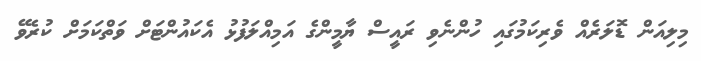
މިލިއަން ޑޮލަރެއް ވެރިކަމުގައި ހުންނެވި ރައީސް ޔާމީންގެ އަމިއްލަފުޅު އެކައުންޓަށް ވަތްކަމަށް ކުރެވޭ